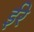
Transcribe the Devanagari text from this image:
ईरे